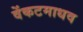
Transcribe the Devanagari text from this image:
वेंकटमाधव